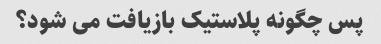
پس چگونه پلاستیک بازیافت می شود؟